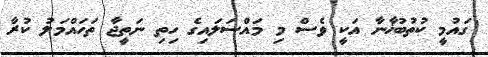
ގައުމީ ކުތުބުޚާނާ އަކީ ވެސް މި މައްސަލައިގެ ހިތި ނަތީޖާ ތަހައްމަލު ކުރާ